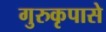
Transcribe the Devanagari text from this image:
गुरुकृपासे